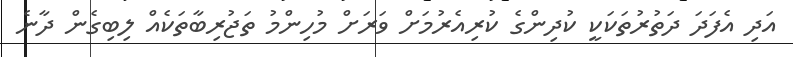
އަދި އެފަދަ ދަތުރުތަކަކީ ކުދިންގެ ކުރިއެރުމަށް ވަރަށް މުހިންމު ތަޖުރިބާތަކެއް ލިބިގެން ދާނެ